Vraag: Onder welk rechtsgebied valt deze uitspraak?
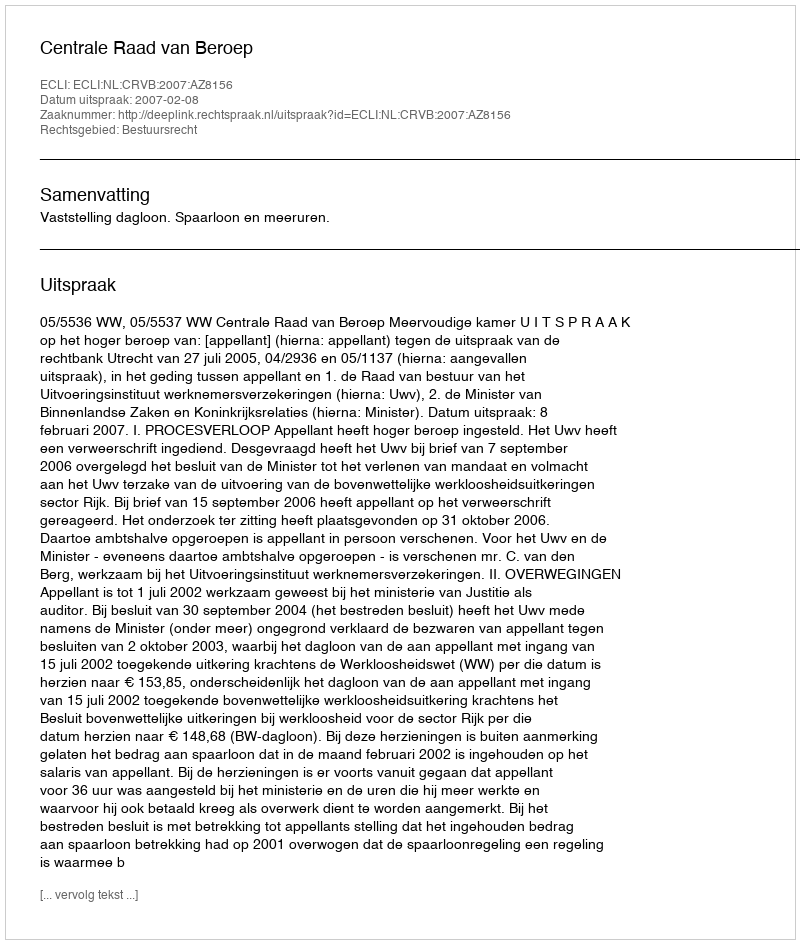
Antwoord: Bestuursrecht